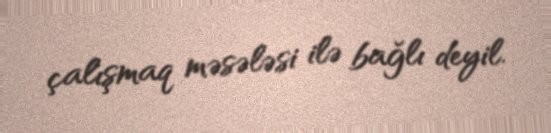
çalışmaq məsələsi ilə bağlı deyil.